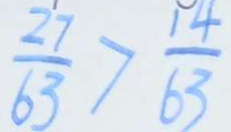
\frac { 2 7 } { 6 3 } > \frac { 1 4 } { 6 3 }